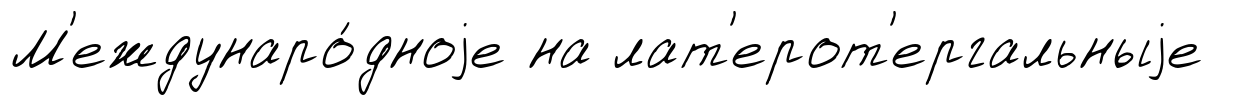
М'еждунаро́дноjе на лат'ерот'ергальныjе